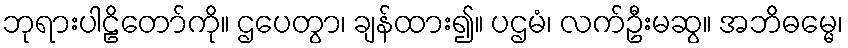
ဘုရားပါဠိတော်ကို။ ဌပေတွာ၊ ချန်ထား၍။ ပဌမံ၊ လက်ဦးမဆွ။ အဘိဓမ္မေ၊